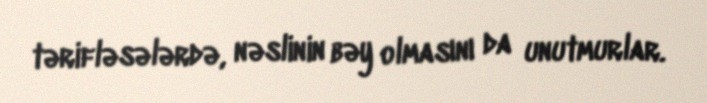
tərifləsələrdə, nəslinin bəy olmasını da unutmurlar.